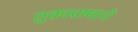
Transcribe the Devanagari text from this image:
तुकारामाने